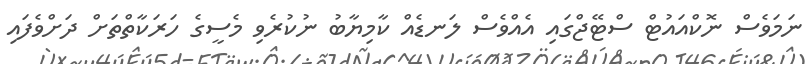
ނަމަވެސް ނޮކްއައުޓް ސްޓޭޖްގައި އެއްވެސް ލަނޑެއް ކާމިޔާބު ނުކުރެވި މެސީގެ ހަރަކާތްތަށް ދަށްވެފައި